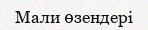
Мали өзендері